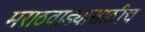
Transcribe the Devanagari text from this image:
मराठवाड्यासाठीच